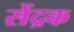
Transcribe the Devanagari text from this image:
सेंद्रक